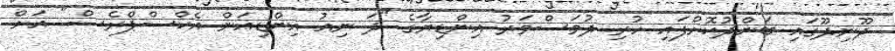
ދޫނިދޫގައި ބަންދުކޮށްފައި ހުރި ދުވަސްވަރު އިންޑިޔާގެ "ދަ ނިއު އިންޑިއަން އެކްސްޕްރެސް" އަށް